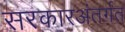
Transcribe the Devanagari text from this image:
सरकारअंतर्गत